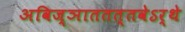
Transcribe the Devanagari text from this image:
अविज्ञाततत्तवेऽर्थे